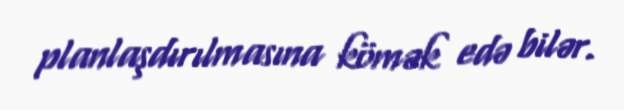
planlaşdırılmasına kömək edə bilər.